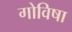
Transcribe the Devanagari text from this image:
गोविषा